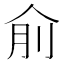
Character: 𠈛